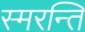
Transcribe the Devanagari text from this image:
स्मरन्ति